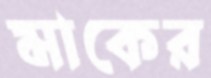
মাকের